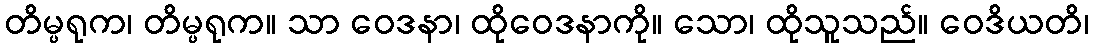
တိမ္ပရုက၊ တိမ္ပရုက။ သာ ဝေဒနာ၊ ထိုဝေဒနာကို။ သော၊ ထိုသူသည်။ ဝေဒိယတိ၊